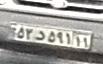
۵۳د۵۹۱۱۱